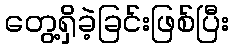
တွေ့ရှိခဲ့ခြင်းဖြစ်ပြီး